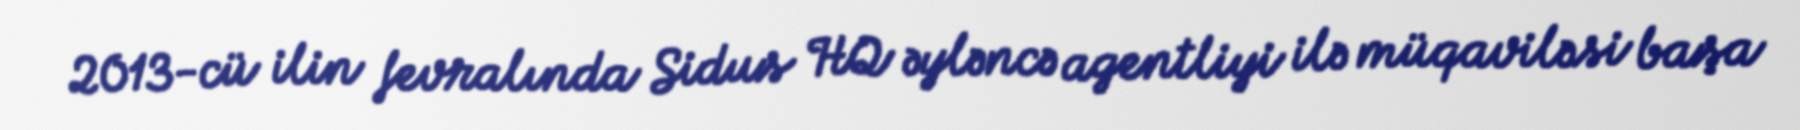
2013-cü ilin fevralında Sidus HQ əyləncə agentliyi ilə müqaviləsi başa